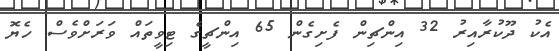
އެކު ދޫކުރާއިރު 32 އިންޗިން ފެށިގެން 65 އިންޗީގެ ޓިވީތައް ވަރަށްވެސް ހެޔޮ